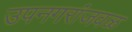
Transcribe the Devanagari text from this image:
उपनगरांजवळ